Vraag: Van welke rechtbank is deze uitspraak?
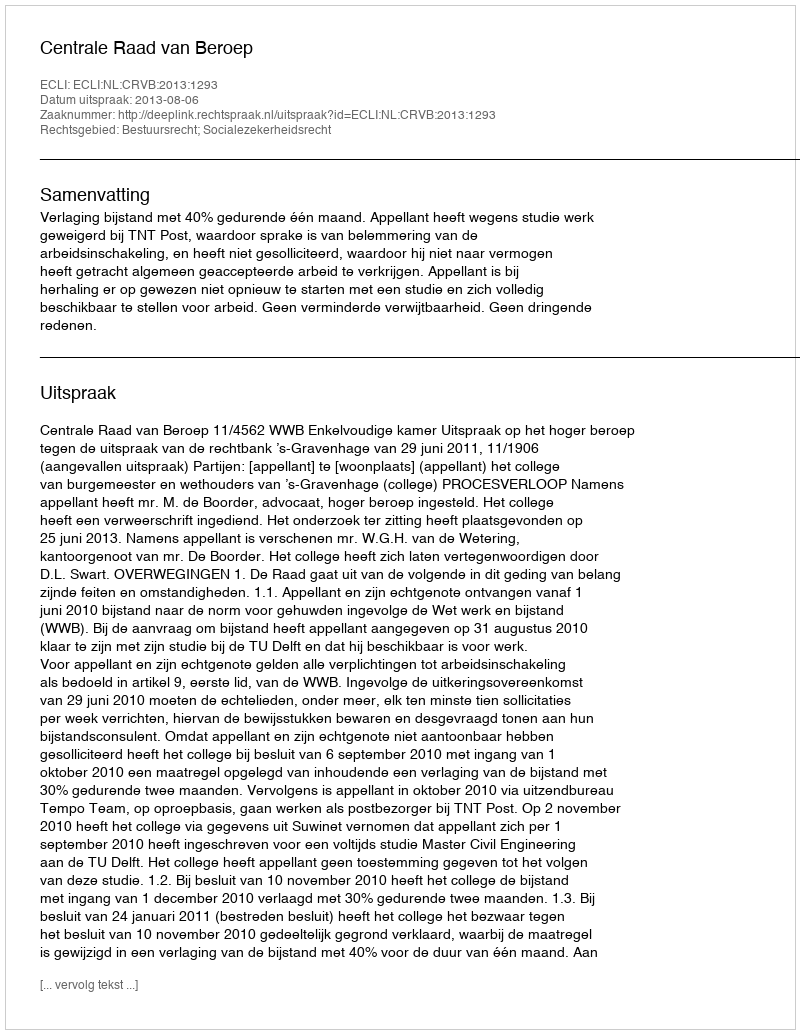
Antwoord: Centrale Raad van Beroep